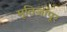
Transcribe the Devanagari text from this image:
मूतिजापूर